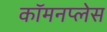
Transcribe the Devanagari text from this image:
कॉमनप्लेस